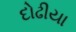
દોઢીયા